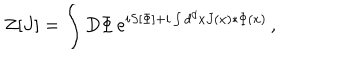
LaTeX: Z [ J ] = \int D \Phi \, e ^ { i S [ \Phi ] + i \int d ^ { d } x J ( x ) * \Phi ( x ) } \, ,